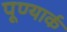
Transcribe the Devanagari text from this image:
पूण्यार्क